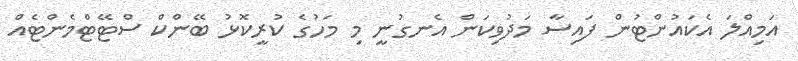
އަމިއްލަ އެކައުންޓުން ފައިސާ މަދުވިކަން އެނގުނީ މި މަހުގެ ކުރީކޮޅު ބޭންކް ސްޓޭޓްމެންޓެއް